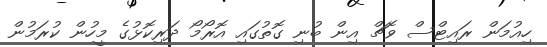
ހިއުމަން ރައިޓްސް ވޮޗް އިން ބުނި ގޮތުގައި އޮރޯމޯ ދަރިކޮޅުގެ މީހުން ކުރަމުން